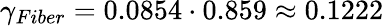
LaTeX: \gamma_{Fiber}=0.0854\cdot 0.859\approx 0.1222